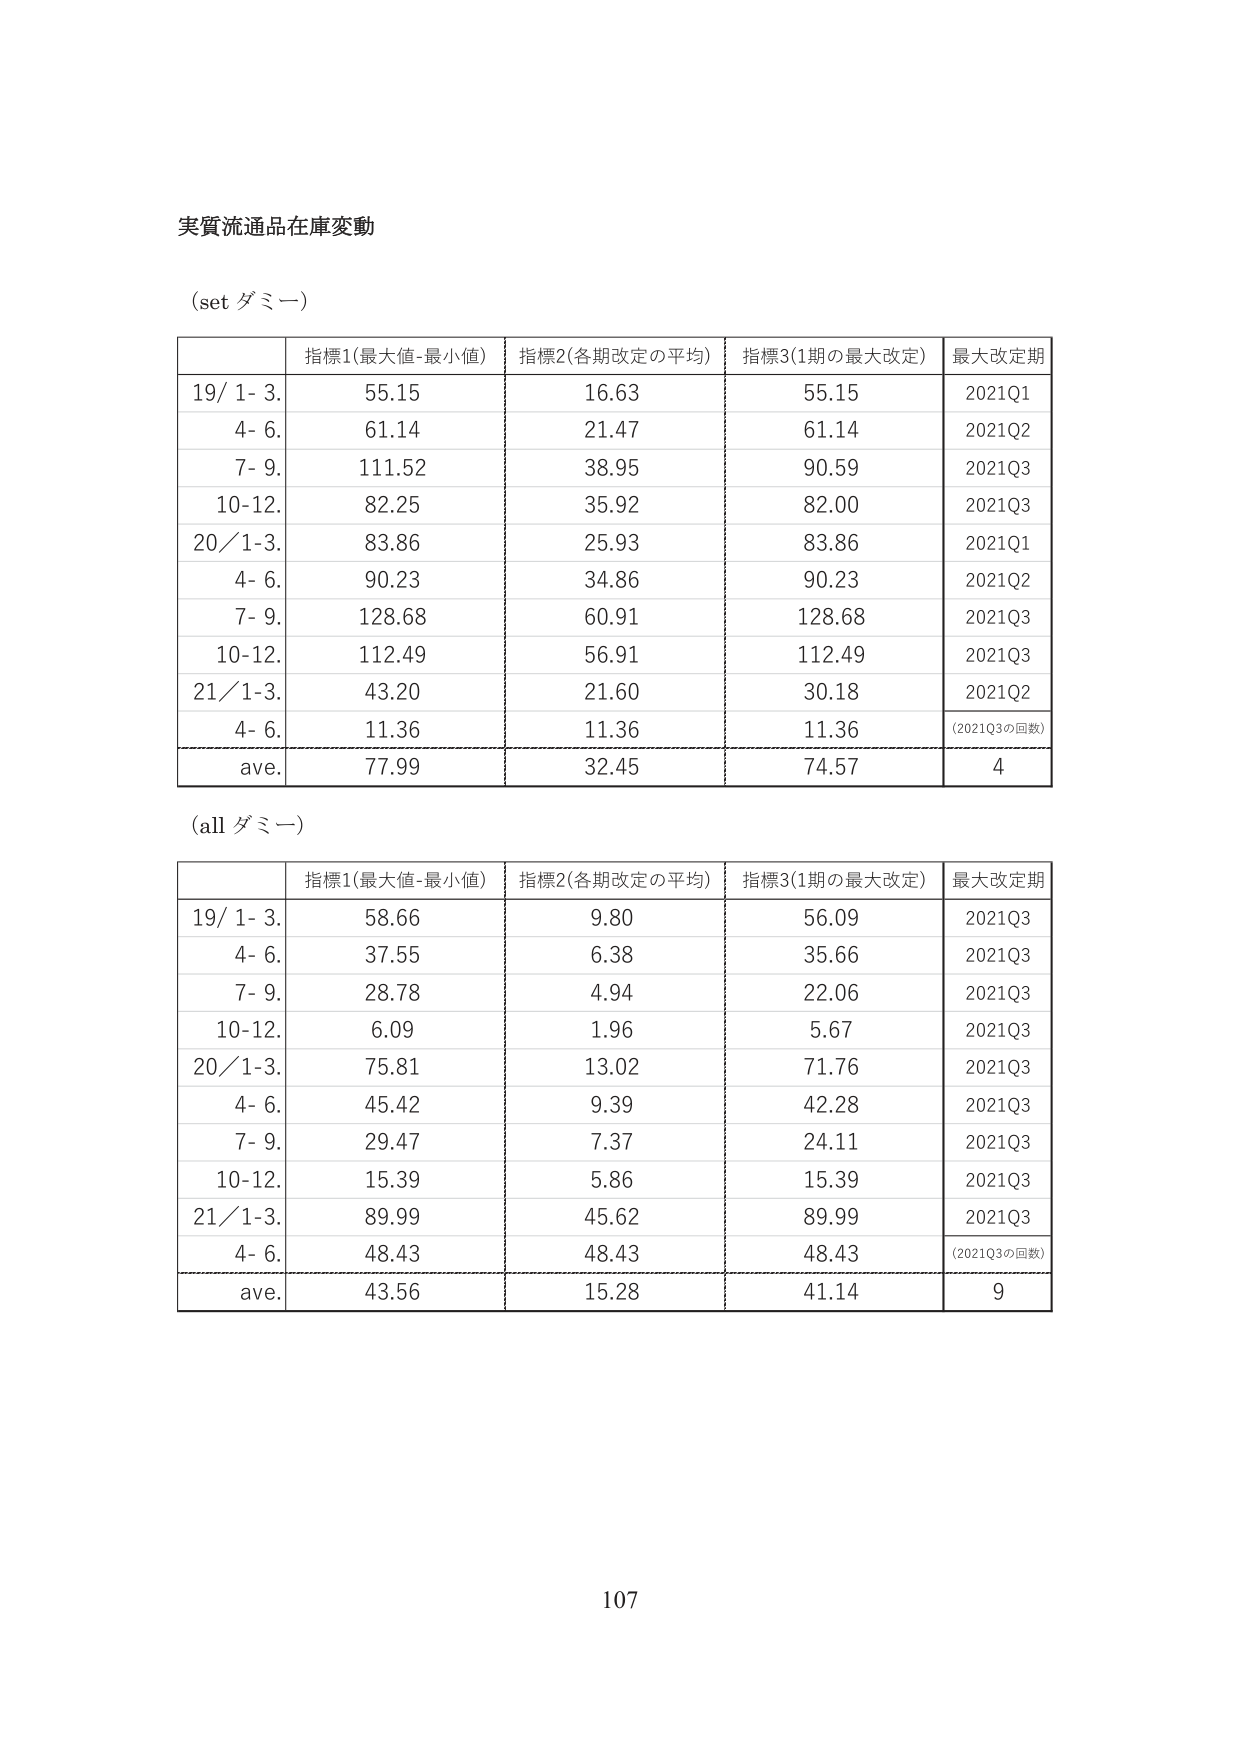
実質流通品在庫変動

(set ダミー)

指標1(最大値-最小値) 指標2(各期改定の平均) 指標3(1期の最大改定) 最大改定期
19/ 1- 3. 55.15 16.63 55.15 2021Q1
4- 6. 61.14 21.47 61.14 2021Q2
7- 9. 111.52 38.95 90.59 2021Q3
10-12. 82.25 35.92 82.00 2021Q3
20/1-3. 83.86 25.93 83.86 2021Q1
4- 6. 90.23 34.86 90.23 2021Q2
7- 9. 128.68 60.91 128.68 2021Q3
10-12. 112.49 56.91 112.49 2021Q3
21/1-3. 43.20 21.60 30.18 2021Q2
4- 6. 11.36 11.36 11.36 (2021Q3の回数)
ave. 77.99 32.45 74.57 4

(all ダミー)

指標1(最大値-最小値) 指標2(各期改定の平均) 指標3(1期の最大改定) 最大改定期
19/ 1- 3. 58.66 9.80 56.09 2021Q3
4- 6. 37.55 6.38 35.66 2021Q3
7- 9. 28.78 4.94 22.06 2021Q3
10-12. 6.09 1.96 5.67 2021Q3
20/1-3. 75.81 13.02 71.76 2021Q3
4- 6. 45.42 9.39 42.28 2021Q3
7- 9. 29.47 7.37 24.11 2021Q3
10-12. 15.39 5.86 15.39 2021Q3
21/1-3. 89.99 45.62 89.99 2021Q3
4- 6. 48.43 48.43 48.43 (2021Q3の回数)
ave. 43.56 15.28 41.14 9

107